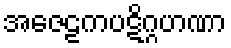
အဇေဠကပဋိဂ္ဂဟဏာ